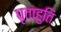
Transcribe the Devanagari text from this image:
घृताहुति